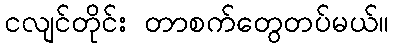
ငလျင်တိုင်း တာစက်တွေတပ်မယ်။